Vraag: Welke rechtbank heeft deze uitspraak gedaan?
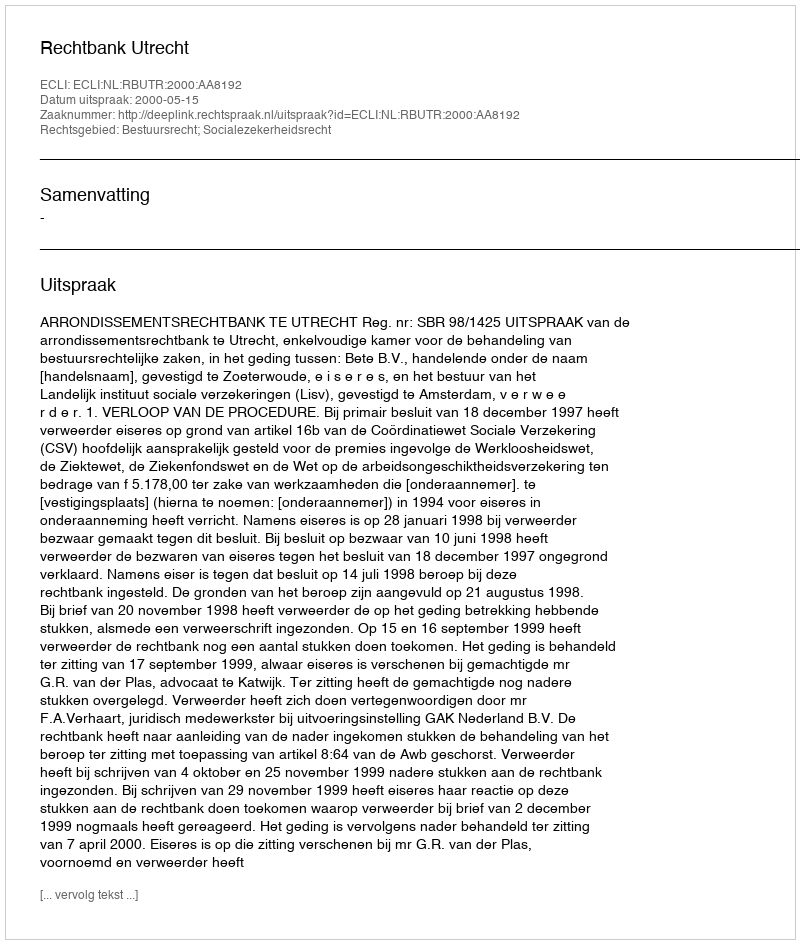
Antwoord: Rechtbank Utrecht